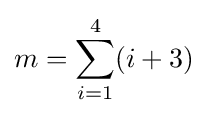
\displaystyle m=\sum \limits _{i=1}^{4}(i+3)